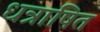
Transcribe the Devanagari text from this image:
धन्राषित